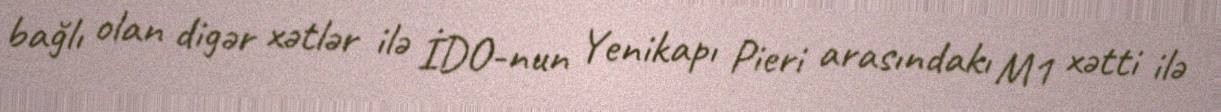
bağlı olan digər xətlər ilə İDO-nun Yenikapı Pieri arasındakı M1 xətti ilə